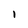
Character: I